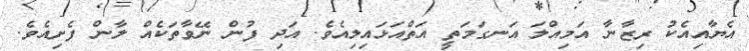
އެޔާއިއެކު ރިޒާނާ އަމިއްލަ އަނގަމަތީ އަތްއަޅައިލިއެވެ. އަދި ފުން ނޭވާތަކެއް ލާން ފެށިއެވެ.